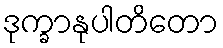
ဒုက္ခာနုပါတိတော